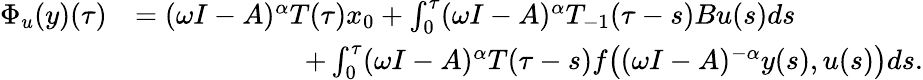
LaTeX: \begin{array}{rl}{\Phi_{u}(y)(\tau)}&{=(\omega I-A)^{\alpha}T(\tau)x_{0}+\int_{0}^{\tau}(\omega I-A)^{\alpha}T_{-1}(\tau-s)Bu(s)ds}\\ &{\qquad\qquad\qquad+\int_{0}^{\tau}(\omega I-A)^{\alpha}T(\tau-s)f\big((\omega I-A)^{-\alpha}y(s),u(s)\big)ds.}\end{array}